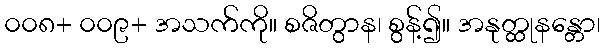
၀၀၈+ ၀၀၉+ အသက်ကို။ စဇိတွာန၊ စွန့်၍။ အနုတ္ထုနန္တော၊